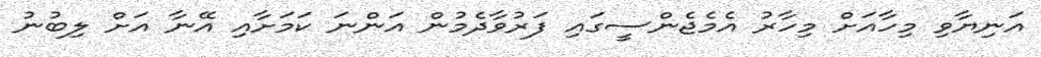
އަނިޔާވި މިހާއަށް މިހާރު އެމެޖެންސީގައި ފަރުވާދެމުން އަންނަ ކަމަށާއި އޭނާ އަށް ލިބުނު